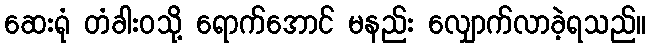
ဆေးရုံ တံခါးဝသို့ ရောက်အောင် မနည်း လျှောက်လာခဲ့ရသည်။